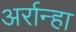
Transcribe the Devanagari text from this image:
अर्रान्हा